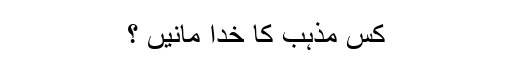
کس مذہب کا خدا مانیں ؟